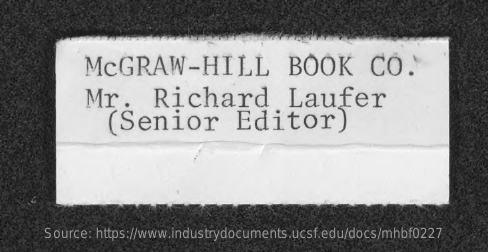
MCGRAW-HILL    BOOK    CO.
     Mr.    Richard    Laufer
     (Senior    Editor)
     Source: https://www.industrydocuments.ucsf.edu/docs/mhbf0227